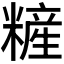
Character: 𰫏